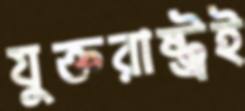
যুক্তরাষ্ট্রই